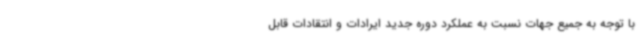
با توجه به جمیع جهات نسبت به عملکرد دوره جدید ایرادات و انتقادات قابل